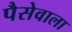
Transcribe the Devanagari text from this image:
पैसेवाला